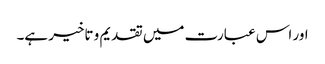
اور اس عبارت میں تقدیم و تاخیر ہے۔